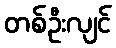
တစ်ဦးလျင်